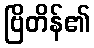
ဗြိတိန်၏